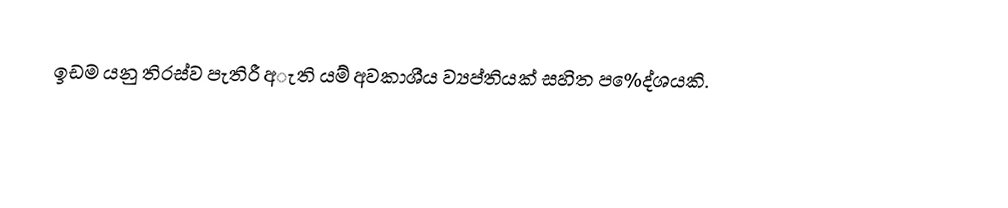
ඉඩම යනු  තිරස්ව පැතිරී  අැති යම් අවකාශීය ව්‍යප්තියක් සහිත ප%ෙද්ශයකි.